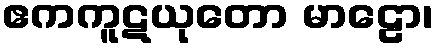
ဧကကူဋယုတော မာဠော၊